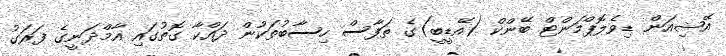
އޭޝިއަން ޑިވެލޮޕްމަންޓް ބޭންކް (އޭޑީބީ)ގެ ތަފާސް ހިސާބުތަކުން ދައްކާ ގޮތުގައި އާމްދަނީގެ ފަރަގު